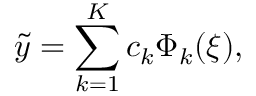
\tilde { y } = \sum _ { k = 1 } ^ { K } c _ { k } \Phi _ { k } ( { \boldsymbol { \xi } } ) ,